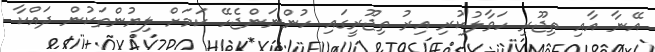
އޭނާ އާއި ތިޖޫރި ހަވާލުކުރި އިރު ތިޖޫރީގައި ހުންނަންޖެހޭ ކަމަށް ލިޔުންތަކުން ދައްކާ